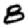
Digit: 8